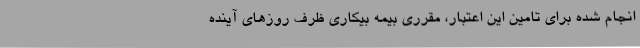
انجام شده برای تامین این اعتبار، مقرری بیمه بیکاری ظرف روزهای آینده